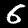
Digit: 6